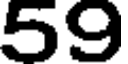
59